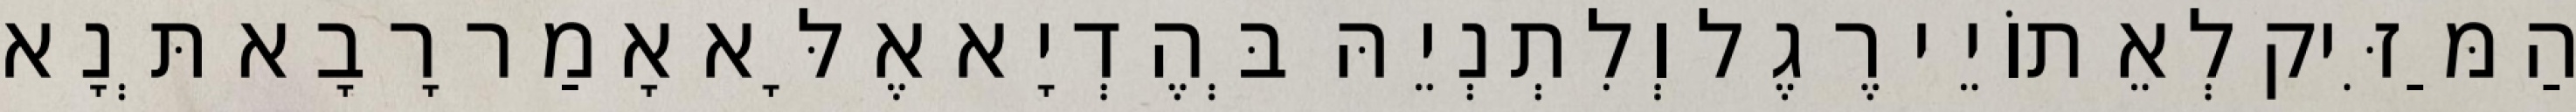
הַמַּזִּיק לְאֵתוֹיֵי רֶגֶל וְלִתְנְיֵהּ בְּהֶדְיָא אֶלָּא אָמַר רָבָא תְּנָא